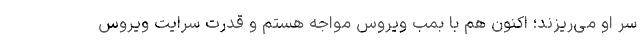
سر او می‌ریزند؛ اکنون هم با بمب ویروس مواجه هستم و قدرت سرایت ویروس